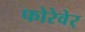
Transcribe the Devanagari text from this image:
फोरेवेर्